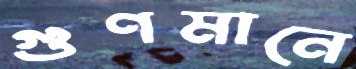
গুণমানে